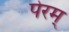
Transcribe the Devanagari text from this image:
पेरम्